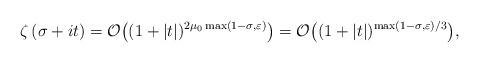
LaTeX: \begin{align*}\zeta\left(\sigma+it\right)=\mathcal{O}\big((1+|t|)^{2\mu_0\max(1-\sigma,\varepsilon)}\big) = \mathcal{O}\big((1+|t|)^{\max(1-\sigma,\varepsilon)/3}\big) ,\end{align*}